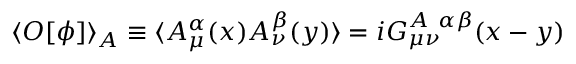
\langle O [ \phi ] \rangle _ { A } \equiv \langle A _ { \mu } ^ { \alpha } ( x ) A _ { \nu } ^ { \beta } ( y ) \rangle = i G _ { \mu \nu } ^ { A \ \alpha \beta } ( x - y )